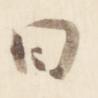
曰